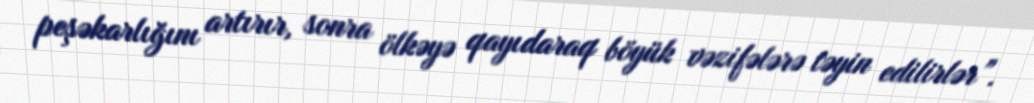
peşəkarlığını artırır, sonra ölkəyə qayıdaraq böyük vəzifələrə təyin edilirlər”.